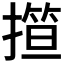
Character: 𢴈